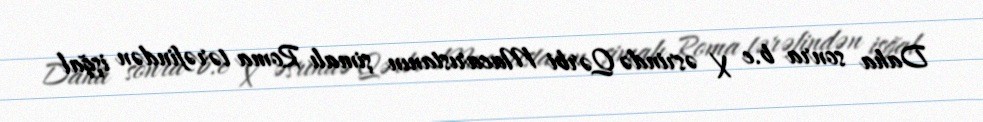
Daha sonra b.e X əsrində Qərbi Macarıstanın şimalı Roma tərəfindən işğal